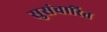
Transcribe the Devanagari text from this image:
सुसंचारित